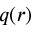
q ( r )